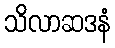
သိလာဆဒနံ